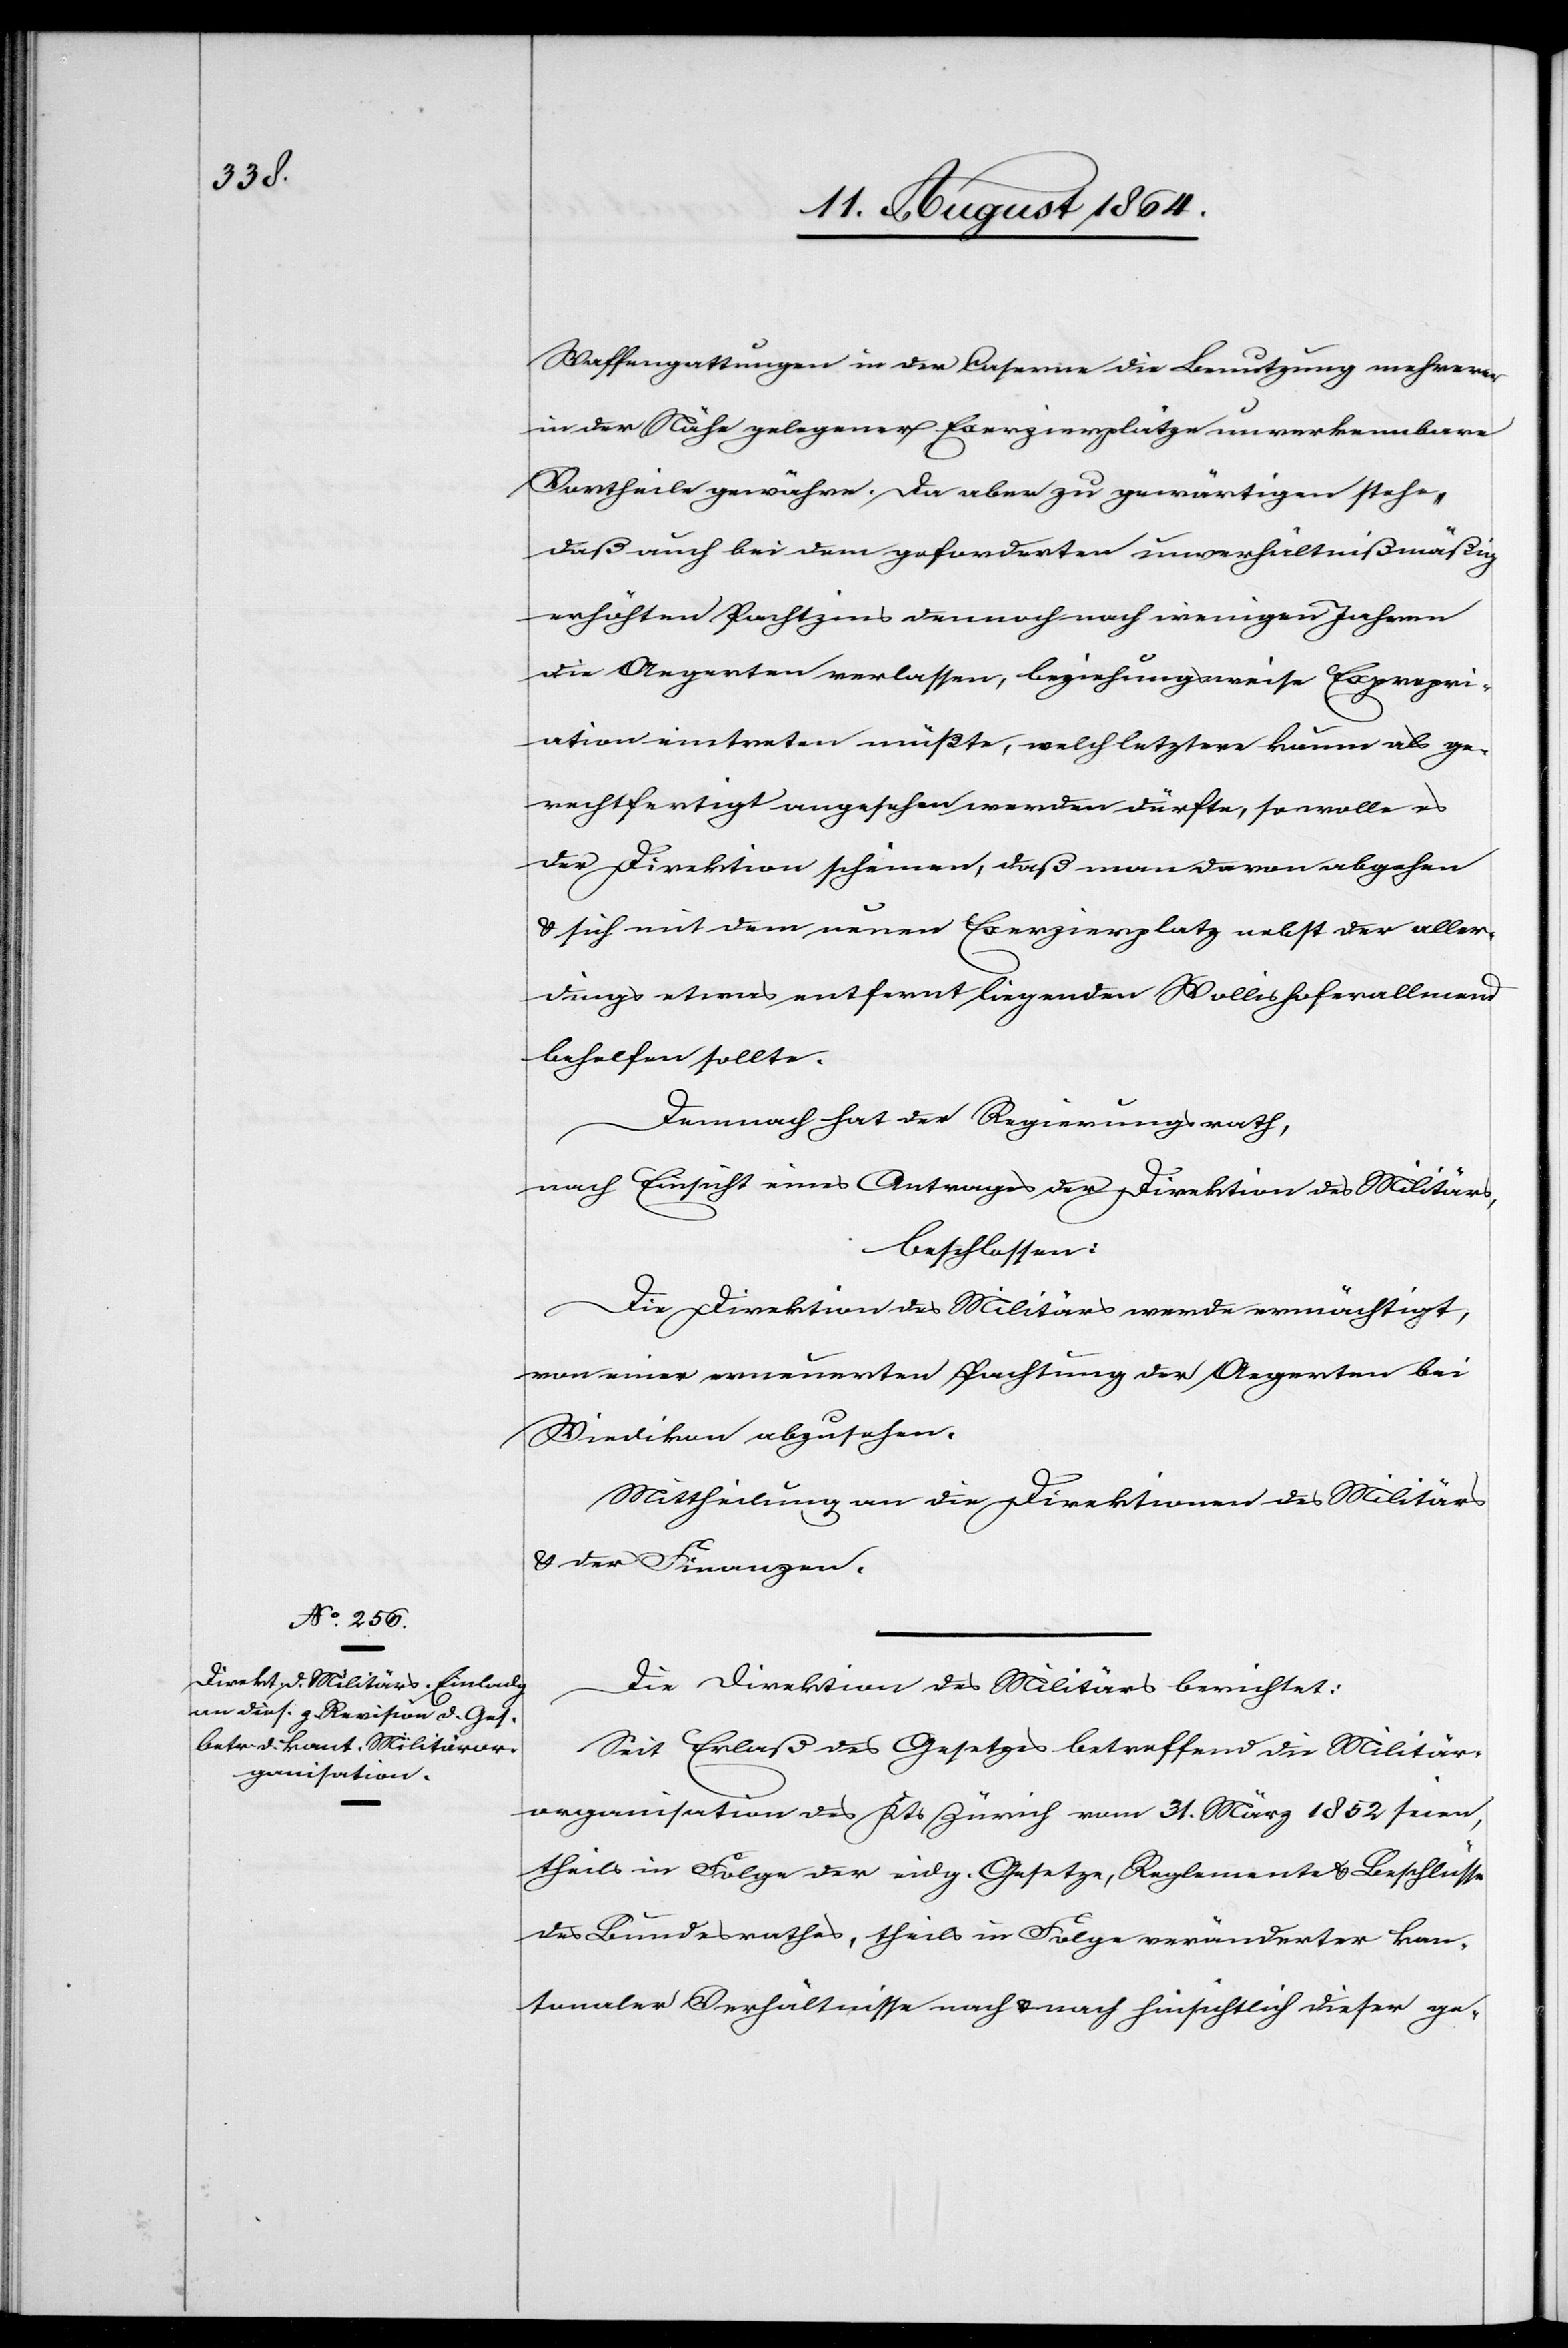
Waffengattungen in der Caserne die Benutzung mehrerer
in der Nähe gelegener Exerzierplätze unverkennbare
Vortheile gewähre. Da aber zu gewärtigen stehe,
daß auch bei dem geforderten unverhältnißmäßig
erhöhten Pachtzins dennoch nach wenigen Jahren
die Aegerten verlassen, beziehungsweise Expropri¬
ation eintreten müßte, welch letztere kaum als ge¬
rechtfertigt angesehen werden dürfte, so wolle es
der Direktion scheinen, daß man davon abgehe
& sich mit dem neuen Exerzierplatz nebst der aller¬
dings etwas entfernt liegenden Wollishoferallmend
behelfen sollte.
Demnach hat der Regierungsrath,
nach Einsicht eines Antrages der Direktion des Militärs,
beschlossen:
Die Direktion des Militärs werde ermächtigt,
von einer erneuerten Pachtung der Aegerten bei
Wiedikon abzusehen.
Mittheilung an die Direktionen des Militärs
& der Finanzen.
Die Direktion des Militärs berichtet:
Mit Erlaß des Gesetzes betreffend die Militär¬
organisation des Kts. Zürich vom 31. März 1852 seien,
theils in Folge der eidg. Gesetze, Reglemente & Beschlüsse
des Bundesrathes, theils in Folge veränderter kan¬
tonaler Verhältnisse nach & nach hinsichtlich dieser ge-